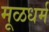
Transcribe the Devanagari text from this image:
मूळधर्म